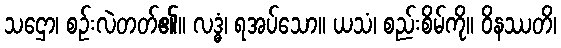
သဌော၊ စဉ်းလဲတတ်၏။ လဒ္ဓံ၊ ရအပ်သော။ ယသံ၊ စည်းစိမ်ကို။ ဝိနဿတိ၊